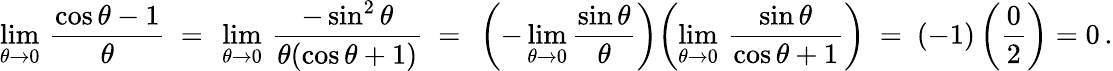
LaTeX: \operatorname*{lim}_{\theta\to 0}\, {\frac{\cos\theta-1}{\theta}}\ =\ \operatorname*{lim}_{\theta\to 0}\, {\frac{-\sin^{2}\theta}{\theta(\cos\theta+1)}}\ =\ \left(-\operatorname*{lim}_{\theta\to 0}{\frac{\sin\theta}{\theta}}\right)\! \left(\operatorname*{lim}_{\theta\to 0}\, {\frac{\sin\theta}{\cos\theta+1}}\right)\ =\ (-1)\left({\frac{0}{2}}\right)=0\, .